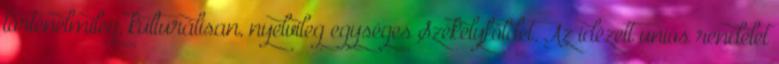
történelmileg, kulturálisan, nyelvileg egységes Székelyföldet. Az idézett uniós rendelet